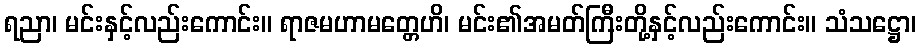
ရညာ၊ မင်းနှင့်လည်းကောင်း။ ရာဇမဟာမတ္တေဟိ၊ မင်း၏အမတ်ကြီးတို့နှင့်လည်းကောင်း။ သံသဋ္ဌော၊